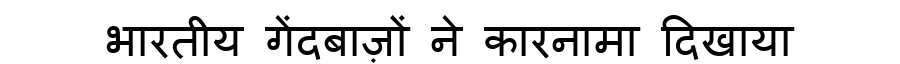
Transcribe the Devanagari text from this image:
भारतीय गेंदबाज़ों ने कारनामा दिखाया